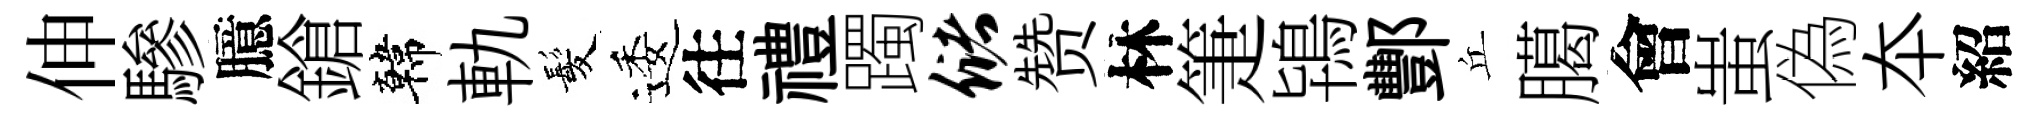
伸驂臆鎗韓軌髪逶往禮躅储赞林箑鴇酆丘臈會蚩偽夲紹